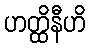
ဟတ္ထိနီဟိ